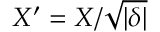
X ^ { \prime } = X / \sqrt { | \delta | }